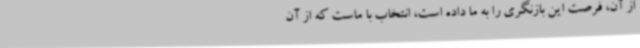
از آن، فرصت این بازنگری را به ما داده است، انتخاب با ماست که از آن